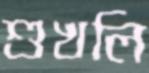
শুখলি